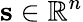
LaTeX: \mathbf{s}\in\mathbb{R}^{n}